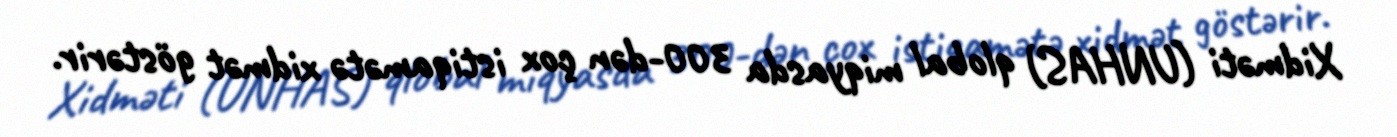
Xidməti (UNHAS) qlobal miqyasda 300-dən çox istiqamətə xidmət göstərir.